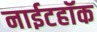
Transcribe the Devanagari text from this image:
नाईटहॉक